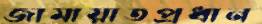
জামায়াতপ্রধান